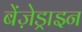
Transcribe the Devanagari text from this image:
बेंज़ेड्राइन